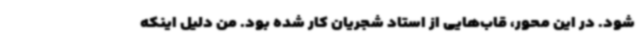
شود. در این محور، قاب‌هایی از استاد شجریان کار شده بود. من دلیل اینکه